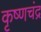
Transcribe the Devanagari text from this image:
कृष्‍णचंद्र